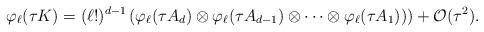
LaTeX: \begin{align*} \varphi_\ell(\tau K) = (\ell!)^{d-1}\left( \varphi_\ell(\tau A_d)\otimes\varphi_\ell(\tau A_{d-1})\otimes \cdots\otimes\varphi_\ell(\tau A_1)) \right) +\mathcal{O}(\tau^2). \end{align*}